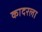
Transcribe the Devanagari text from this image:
कादरला